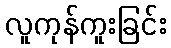
လူကုန်ကူးခြင်း